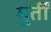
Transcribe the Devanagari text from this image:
मुर्तीं